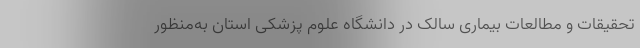
تحقیقات و مطالعات بیماری سالک در دانشگاه علوم پزشکی استان به‌منظور